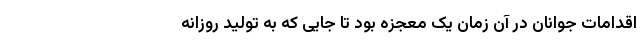
اقدامات جوانان در آن زمان یک معجزه بود تا جایی که به تولید روزانه